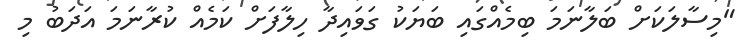
"މިސާލަކަށް ބަލާނަމަ ބިމެއްގައި ބަޔަކު ގަވައިދާ ހިލާފަށް ކަމެއް ކުރާނަމަ އަދަބު މި